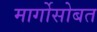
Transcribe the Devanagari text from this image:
मार्गोसोबत